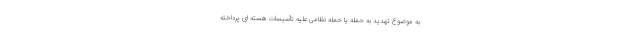
به موضوع تهدید به حمله یا حمله نظامی علیه تأسیسات هسته ای پرداخته